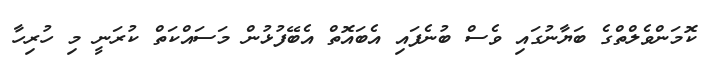
ކޮމަންވެލްތްގެ ބަޔާނުގައި ވެސް ބުނެފައި އެބައޮތް އެބޭފުޅުން މަސައްކަތް ކުރަނީ މި ހުރިހާ